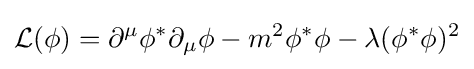
{\mathcal {L}}(\phi )=\partial ^{\mu }\phi ^{*}\partial _{\mu }\phi -m^{2}\phi ^{*}\phi -\lambda (\phi ^{*}\phi )^{2}